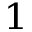
^ { 1 }